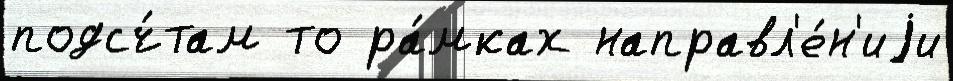
подсч́там то ра́мках направл'е́н'иjи